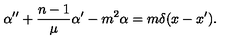
\alpha ^ { \prime \prime } + \frac { n - 1 } \mu \alpha ^ { \prime } - m ^ { 2 } \alpha = m \delta ( x - x ^ { \prime } ) .